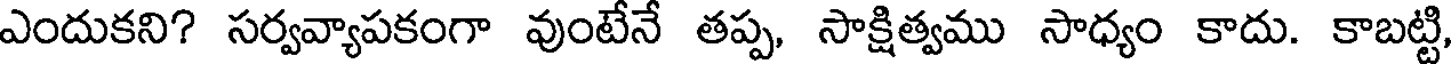
ఎందుకని? సర్వవ్యాపకంగా వుంటేనే తప్ప, సాక్షిత్వము సాధ్యం కాదు. కాబట్టి